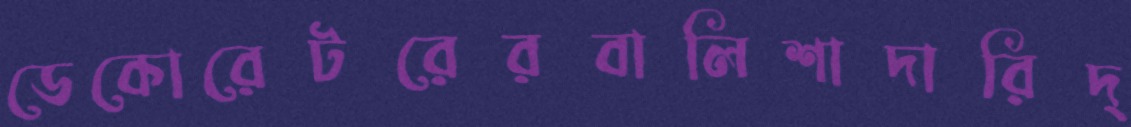
ডেকোরেটরেরবালিশাদারিদ্